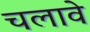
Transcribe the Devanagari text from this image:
चलावे